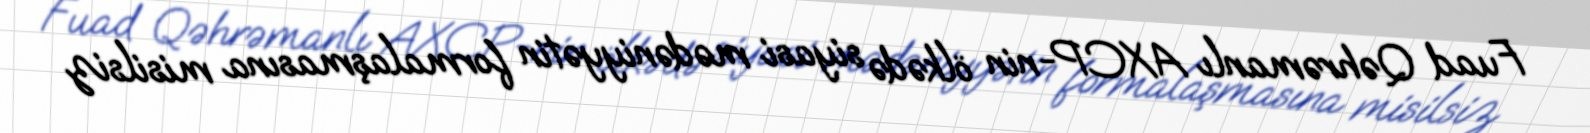
Fuad Qəhrəmanlı AXCP-nin ölkədə siyasi mədəniyyətin formalaşmasına misilsiz